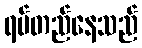
ရပ်တည်နေသည်